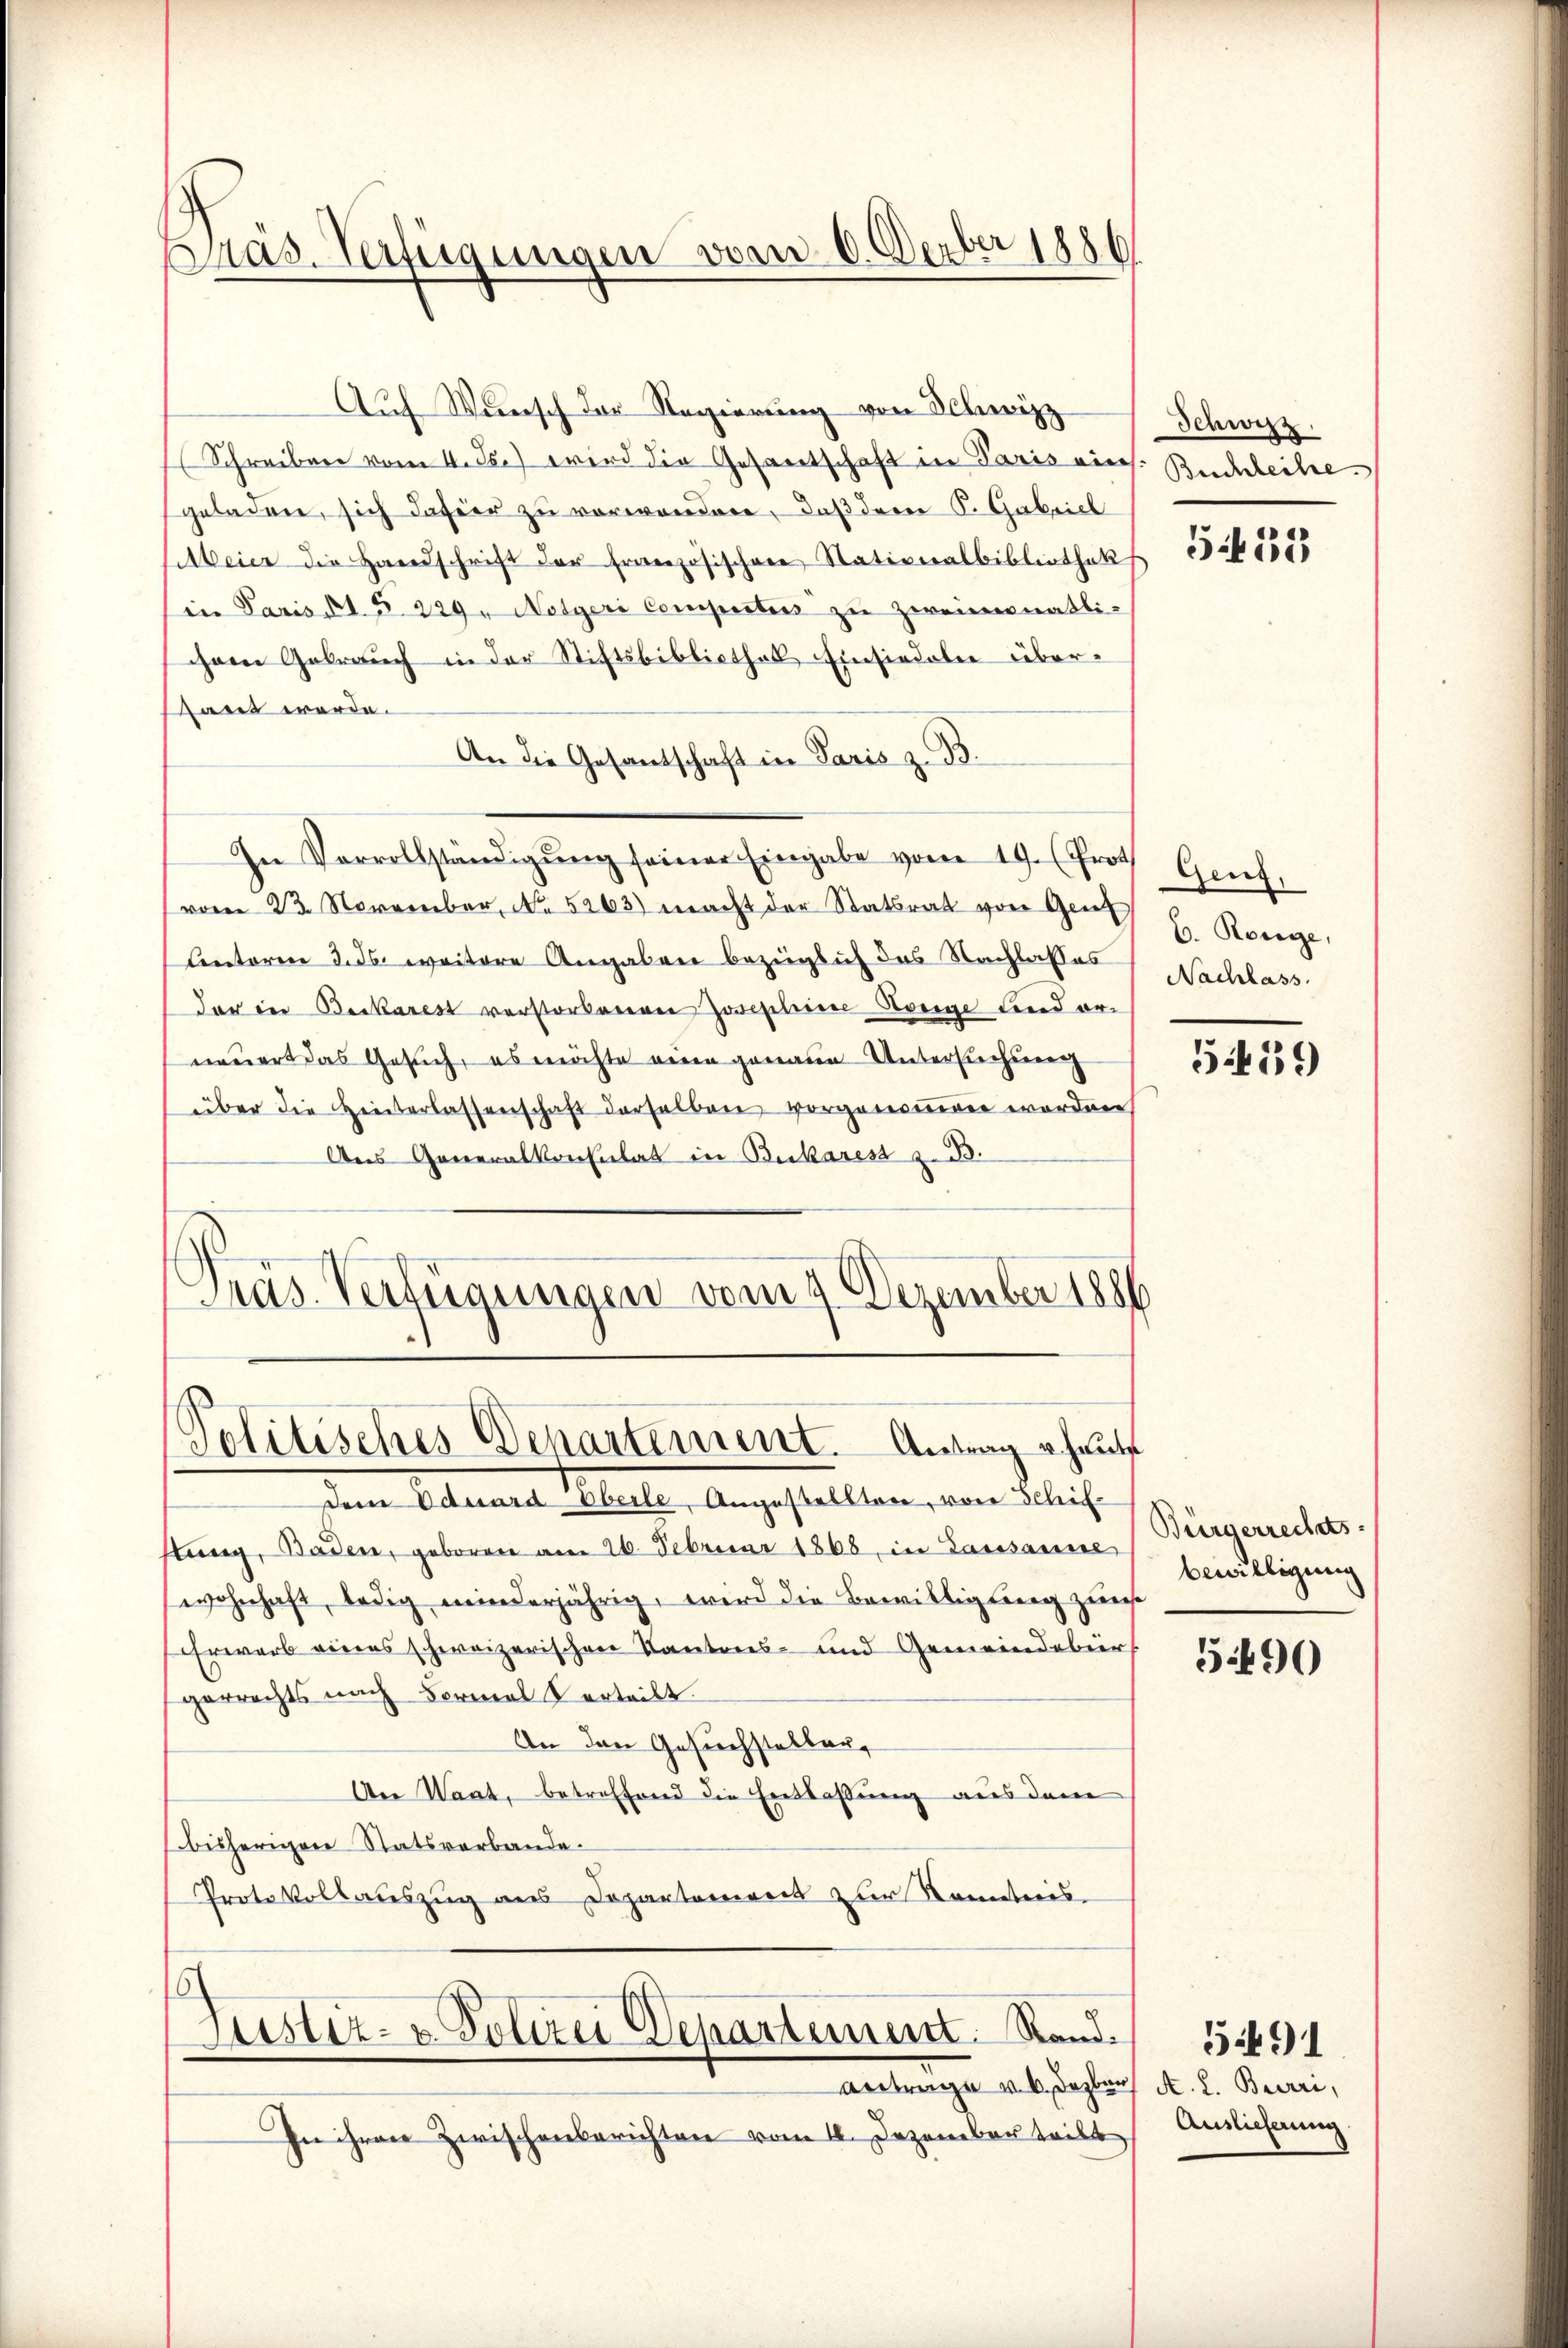
Präs. Verfügungen vom 6. Derber 1886

Auf Wunsch der Regierung von Schwizz
 Schreiben vom 4. Js.) wird die Gesantschaft in Paris eins.
geladen, sich dahier zu verwanden, daß der K. Gabriel
Abeier die Handschrift der Französischen Stationalbibliothek
in Paris St. 5. 229. Notgeri Competers zu zweimonatli-
ihem Gebrauch in der Stiftsbibliothek Einsiedeln überant werde.
An die Gesandschaft in Paris z. B.
In Vervollständigŭng seiner Eingabe vom 19. Prof. Genf,
vom 23. November, No. 5263) macht der Statsrat von Genf
Centoren 3. ds. weitere Angaben bezüglich das Nachlasses Nachlass
dar in Beckarest verstorbenen Josephine Hörige Ferdorneuert das Gesuch, es möchte eine genaue Untersuchung
über die Hinterlassenschaft derselben vorgenoṁen worden,
Aus Generalkonsulat in Bukares z. B.
Gras Verfügungen vom 4. Dezember 1886

Politisches Departement. Antrag heute

dem Eduard Oberle, Angestellten, von Schifstung, Baden, geboren am 26. Februar 1868, in Lausanne
wohnhaft, ledig minderjährig, wird die Bewilligung zuse
Erwarb eines schweizerischen Kantons- und Gemeindebür
gerrechts nach Formal Verteilt.
An den Gesuchsteller,
An Waat, betreffend die Entlassung aus dem
bisherigen Statsverbande.
Protokollauszug aus Departement zur Kometeres-

Justiz- & Polizei Departement. Stand.

Antrage v. 6. Dezbr
In ihren Zwischenberichten vom 18. Dezember teilt

Schwyz.
Buchleihe.

535

6. Range,

559

Bürgerrechts-
bewilligung

590

A. L. Burri,
Auslieferung

591